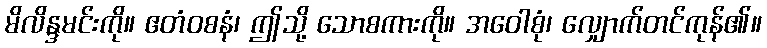
မိလိန္ဒမင်းကို။ ဧတံဝစနံ၊ ဤသို့ သောစကားကို။ အဝေါစုံ၊ လျှောက်တင်ကုန်၏။